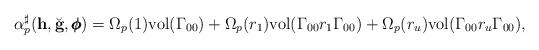
LaTeX: \begin{align*} \alpha_p^{\sharp}(\mathbf h, \breve{\mathbf g}, \pmb{\phi}) = \Omega_p(1)\mathrm{vol}(\Gamma_{00}) + \Omega_p(r_1)\mathrm{vol}(\Gamma_{00}r_1\Gamma_{00}) + \Omega_p(r_u)\mathrm{vol}(\Gamma_{00}r_u\Gamma_{00}),\end{align*}